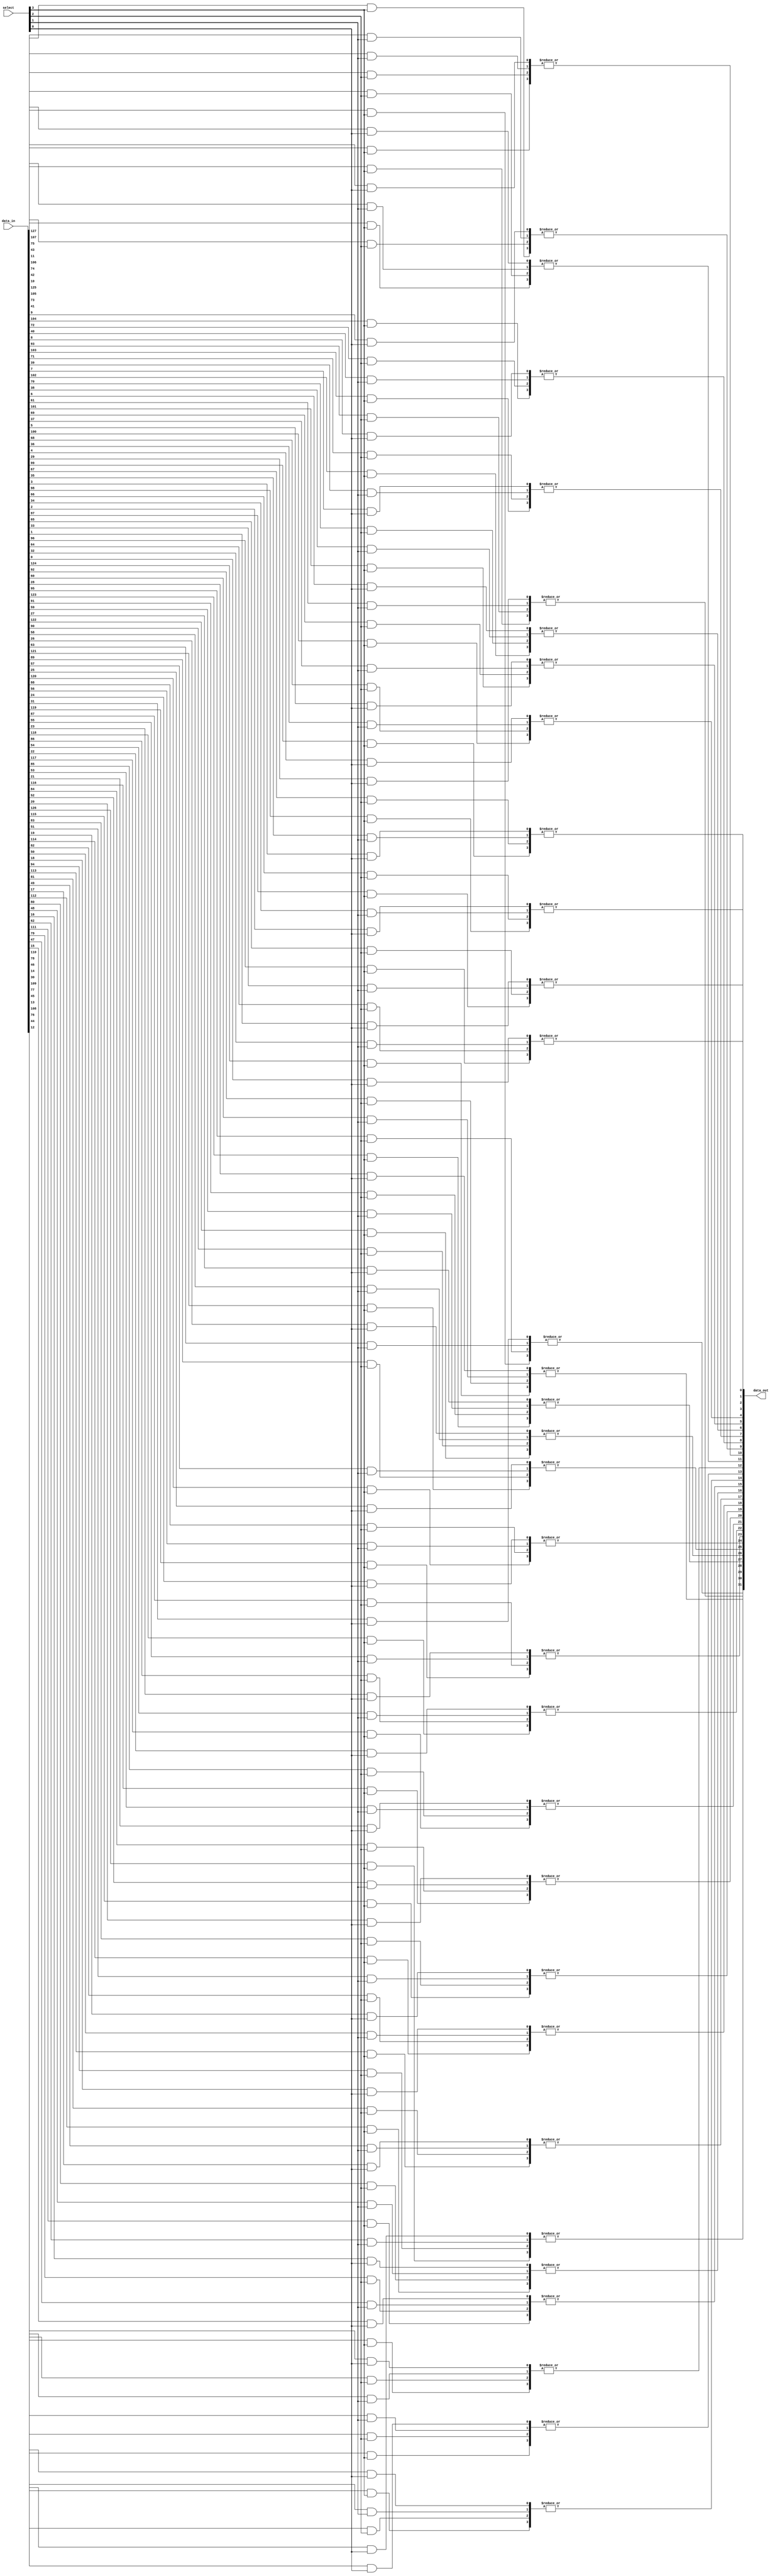
module c_select_1ofn
  (select, data_in, data_out);
   parameter num_ports = 4;
   parameter width = 32;
   input [0:num_ports-1] select;
   input [0:num_ports*width-1] data_in;
   output [0:width-1] data_out;
   wire [0:width-1] data_out;
   generate
      genvar 	    i;
      for(i = 0; i < width; i = i + 1)
	begin:width_loop
	   wire [0:num_ports-1] port_bits;
	   genvar 		j;
	   for(j = 0; j < num_ports; j = j + 1)
	     begin:ports_loop
		assign port_bits[j] = data_in[i+j*width] & select[j];
	     end
	   assign data_out[i] = |port_bits;
	end
   endgenerate
endmodule